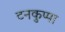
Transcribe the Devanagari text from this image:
टनकुप्पा